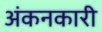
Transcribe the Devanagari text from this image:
अंकनकारी